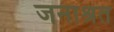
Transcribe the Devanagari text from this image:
जनाश्रत